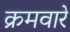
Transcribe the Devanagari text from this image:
क्रमवारे